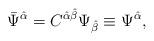
LaTeX: \begin{align*}\bar\Psi^{\hat\alpha}=C^{\hat\alpha\hat\beta}\Psi_{\hat\beta}\equiv \Psi^{\hat\alpha},\end{align*}